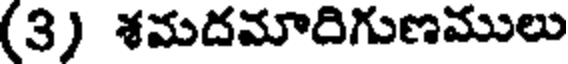
(3) శమదమారిగుణములు